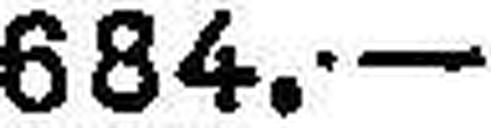
684.—